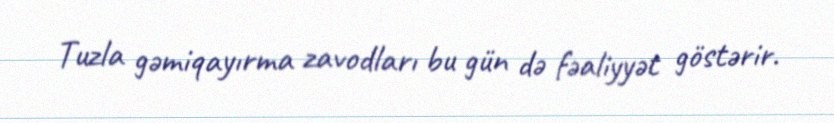
Tuzla gəmiqayırma zavodları bu gün də fəaliyyət göstərir.